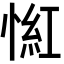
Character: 𢞃